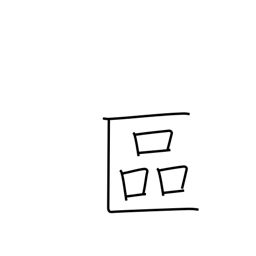
Meaning: ward